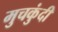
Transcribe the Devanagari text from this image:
मुचकुंदी